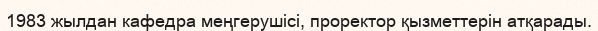
1983 жылдан кафедра меңгерушісі, проректор қызметтерін атқарады.